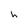
Character: h